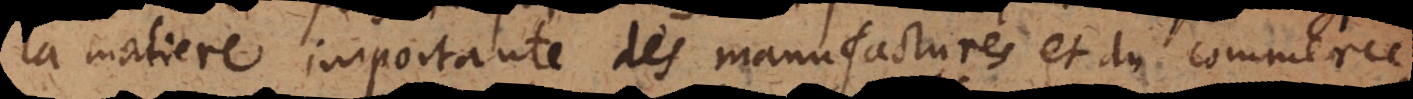
la matiere importante des manufactures et du commerce